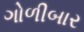
ગોળીબાર